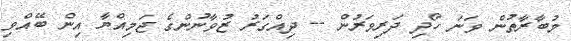
މުބާރާތުން ވަނަ ހޯދި ދަރިވަރުން -- ދިއްގަރު ޒުވާނުންގެ ޖަމިއްޔާ އިން ބޭއްވި